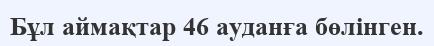
Бұл аймақтар 46 ауданға бөлінген.